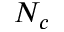
N _ { c }